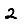
Digit: 2